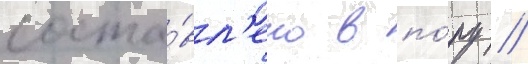
соста́вл'ено в по́ру /